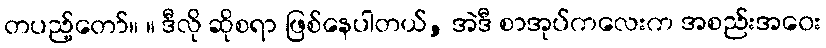
တပည့်တော်။ ။ ဒီလို ဆိုစရာ ဖြစ်နေပါတယ်, အဲဒီ စာအုပ်ကလေးက အစည်းအဝေး